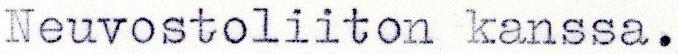
Neuvostoliiton kanssa.